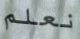
نعلم